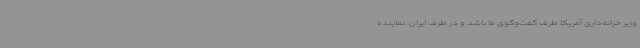
وزیر خزانه‌داری آمریکا طرف گفت‌وگوی ما باشد و در طرف ایران، نماینده